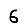
Digit: 6